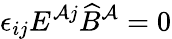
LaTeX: \epsilon_{ij}E^{\mathcal{A}j}\widehat{B}^{\mathcal{A}}=0